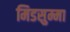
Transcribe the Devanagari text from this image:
मिडसुम्मा